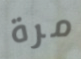
مرة